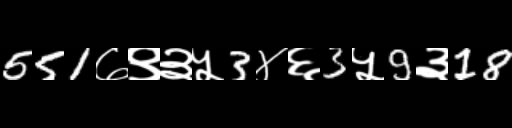
Text: 551७९३५3४६3५9३18